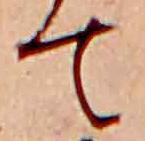
て